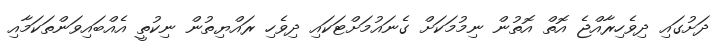
ދަށުގައި ދިވެހިރާއްޖެ އޮތް އޮތުން ނިމުމަކަށް ގެނައުމަށްޓަކައި ދިވެހި ރައްޔިތުން ނިކުތީ އެއްބައިވަންތަކަމާއި